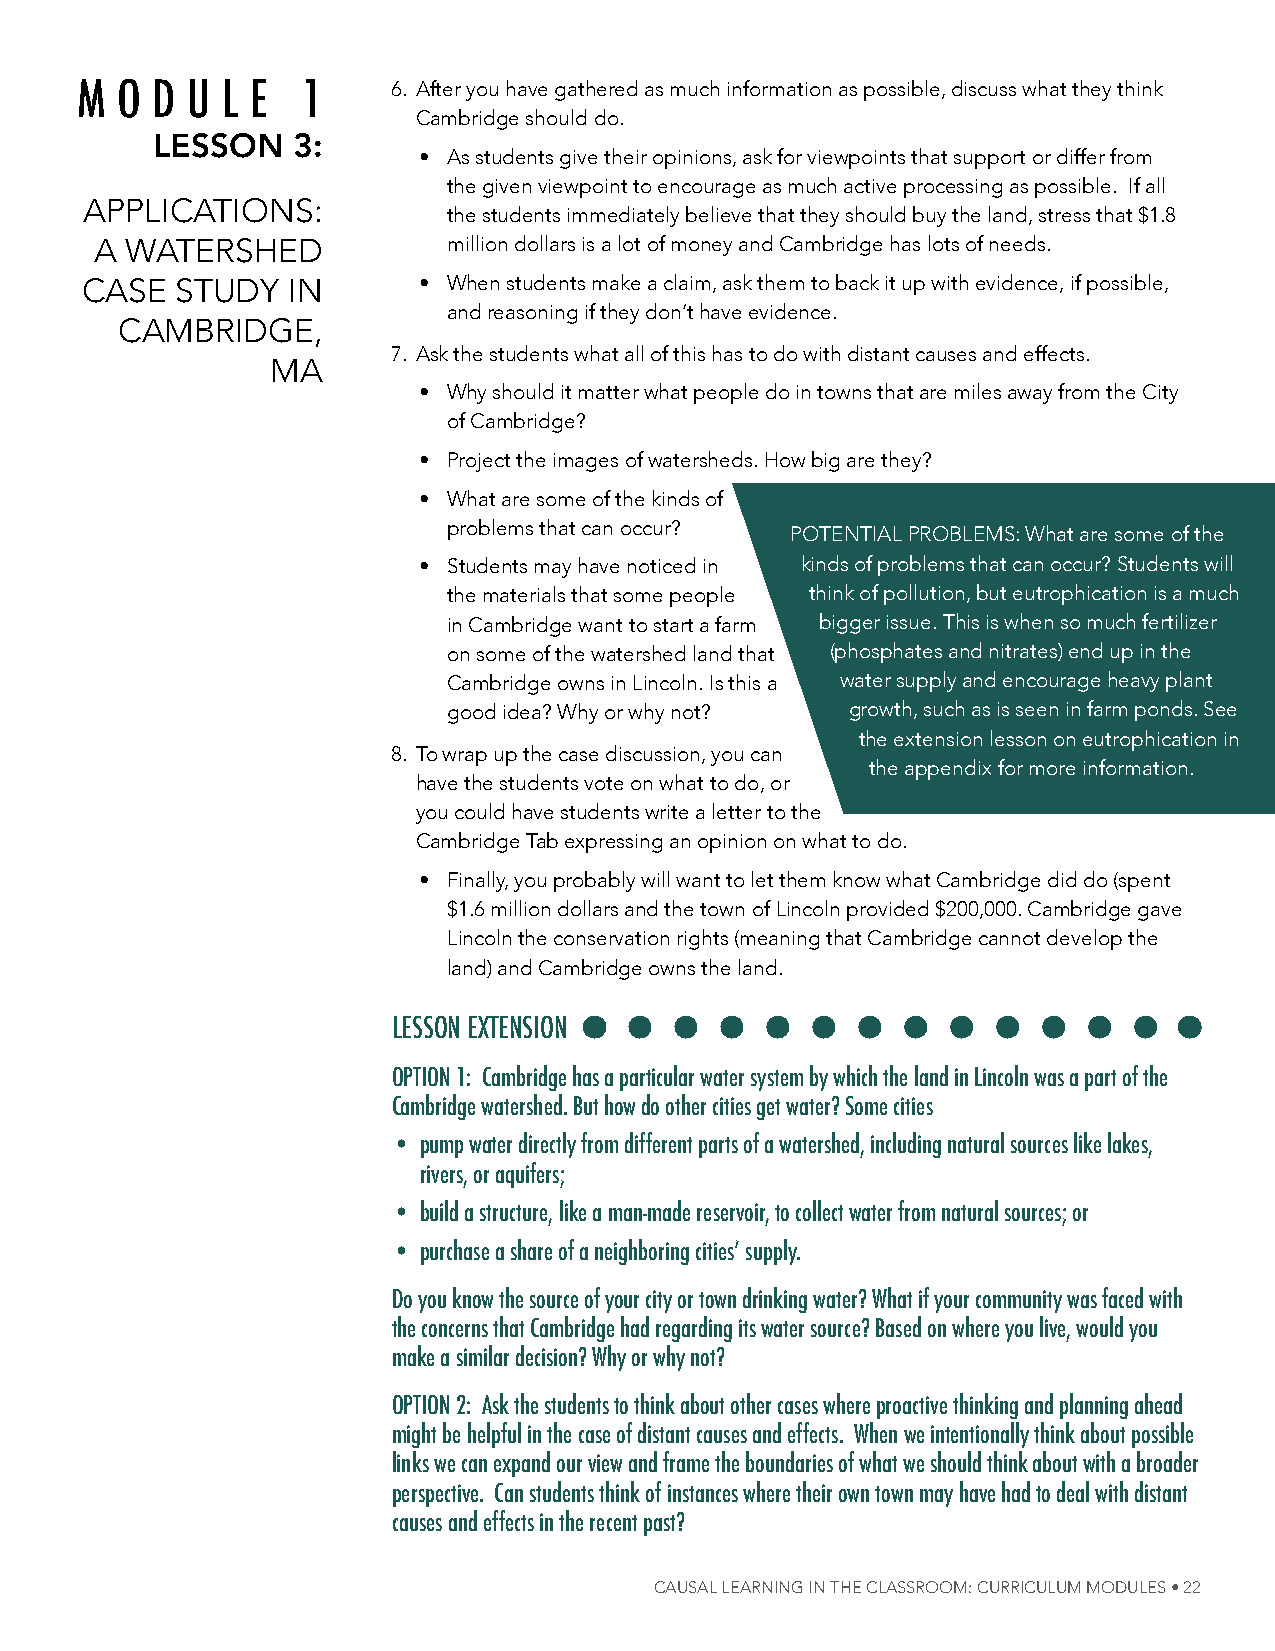
m  o d u  l e 1      6. after you have gathered as much information as possible, discuss what they think
 Cambridge should do.
 LessOn   3:
 • as students give their opinions, ask for viewpoints that support or differ from
 the given viewpoint to encourage as much active processing as possible. if all
 aPPliCations:
 the students immediately believe that they should buy the land, stress that $1.8
 a WatersheD             million dollars is a lot of money and Cambridge has lots of needs.
 Case   stuDY  in       • When students make a claim, ask them to back it up with evidence, if possible,
 and reasoning if they don’t have evidence.
 CamBriDge,
 7. ask the students what all of this has to do with distant causes and effects.
 ma
 • Why should it matter what people do in towns that are miles away from the City
 of Cambridge?
 • Project the images of watersheds. how big are they?
 • What are some of the kinds of
 problems that can occur?
 Potential ProBlems: What are some of the
 • students may have noticed in kinds of problems that can occur? students will
 the materials that some people think of pollution, but eutrophication is a much
 in Cambridge want to start a farm bigger issue. this is when so much fertilizer
 on some of the watershed land that (phosphates and nitrates) end up in the
 Cambridge owns in lincoln. is this a water supply and encourage heavy plant
 good idea? Why or why not? growth, such as is seen in farm ponds. see
 the extension lesson on eutrophication in
 8. to wrap up the case discussion, you can
 the appendix for more information.
 have the students vote on what to do, or
 you could have students write a letter to the
 Cambridge tab expressing an opinion on what to do.
 • Finally, you probably will want to let them know what Cambridge did do (spent
 $1.6 million dollars and the town of lincoln provided $200,000. Cambridge gave
 lincoln the conservation rights (meaning that Cambridge cannot develop the
 land) and Cambridge owns the land.
 lessoN exTeNsioN
 opTioN 1: Cambridge has a particular water system by which the land in lincoln was a part of the
 Cambridge watershed. But how do other cities get water? some cities
 • pump water directly from different parts of a watershed, including natural sources like lakes,
 rivers, or aquifers;
 • build a structure, like a man-made reservoir, to collect water from natural sources; or
 • purchase a share of a neighboring cities’ supply.
 do you know the source of your city or town drinking water? What if your community was faced with
 the concerns that Cambridge had regarding its water source? Based on where you live, would you
 make a similar decision? Why or why not?
 opTioN 2: Ask the students to think about other cases where proactive thinking and planning ahead
 might be helpful in the case of distant causes and effects. When we intentionally think about possible
 links we can expand our view and frame the boundaries of what we should think about with a broader
 perspective. Can students think of instances where their own town may have had to deal with distant
 causes and effects in the recent past?
 Causal learNiNg iN The Classroom: CurriCulum modules • 22